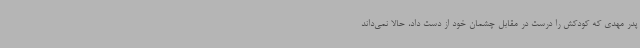
پدر مهدی که کودکش را درست در مقابل چشمان خود از دست داد، حالا نمی‌داند